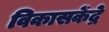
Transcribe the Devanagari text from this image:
विकासकेंद्रे